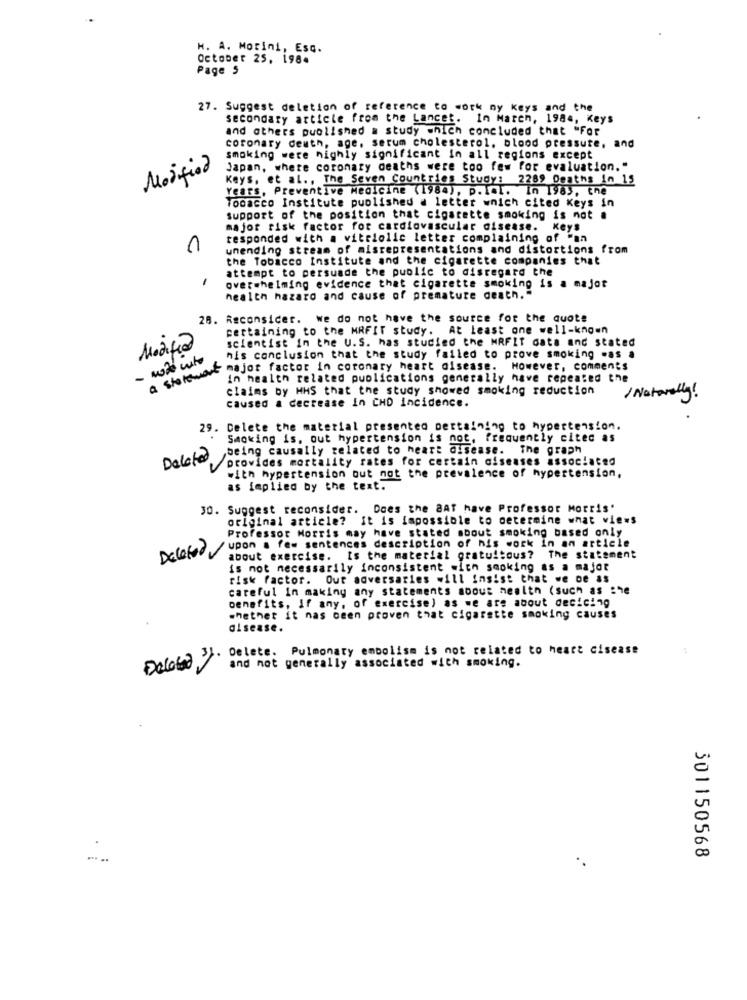
H. A. Morini, Esq.
October 25, 198.
Page 5
27. Suggest deletion of reference to work ny keys and the
secondary article from the Lancet. In March, 1984, Keys
and others published a study which concluded that "For
coronary death, age, serum cholesterol, blood pressure, and
smoking were highly significant in all regions except
Japan, where coronary deaths were too few for evaluation."
Modified
Keys, et al ., The Seven Countries Study: 2289 Deaths in 15
Years, Preventive Medicine (1984), p. ICL. in 1983, the
Tobacco Institute published a letter wnich cited Keys in
support of the position that cigarette smoking is not a
major risk factor for cardiovascular disease. Keys
responded with a vitriolic letter complaining of "an
1
unending stream of misrepresentations and distortions from
the Tobacco Institute and the cigarette companies that
attempt to persuade the public to disregard the
1
overwhelming evidence that cigarette smoking is a major
health hazard and cause of premature death. "
28. Reconsider. we do not have the source for the quote
pertaining to the MRFIT study. At Least one well-known
scientist in the U.S. has studied the MRFIT data and stated
his conclusion that the study failed to prove smoking .as a
A storeword or factor in coronary heart disease. However, comments
in health related publications generally have repeated the
claims by HHS that the study showed smoking reduction
/ Naturally!
Caused a decrease in CHD Incidence.
29. Delete the material presented pertaining to hypertension.
Smoking is, out hypertension is not, frequently citec as
being causally related to heart disease. The graph
Deleted
/provides mortality rates for certain diseases associated
with hypertension out not the prevalence of hypertension,
as implied by the text.
30. Suggest reconsider. Does the BAT have Professor Morris'
original article? it is impossible to determine what views
Professor Morris may have stated about smoking based only
Delefed/ upon a few sentences description of his work in an article
about exercise. Is the material gratuitous? The statement
is not necessarily inconsistent with smoking as a major
risk factor. Out adversaries will insist that we oe as
careful In making any statements about health (such as She
benefits, if any, of exercise) as we are about deciding
whether it nas been proven that cigarette smoking causes
disease.
Delete. Pulmonary embolism is not related to heart disease
:
and not generally associated with smoking.
301150568